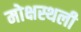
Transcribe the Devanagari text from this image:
मोक्षस्थली